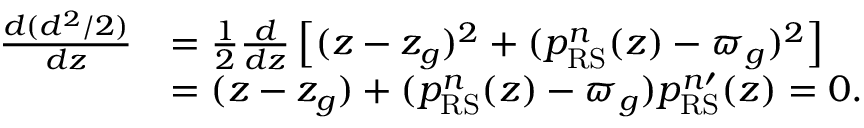
\begin{array} { r l } { \frac { d ( d ^ { 2 } / 2 ) } { d z } } & { = \frac { 1 } { 2 } \frac { d } { d z } \left[ ( z - z _ { g } ) ^ { 2 } + ( p _ { \mathrm { R S } } ^ { n } ( z ) - \varpi _ { g } ) ^ { 2 } \right] } \\ & { = ( z - z _ { g } ) + ( p _ { \mathrm { R S } } ^ { n } ( z ) - \varpi _ { g } ) p _ { \mathrm { R S } } ^ { n \prime } ( z ) = 0 . } \end{array}